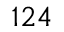
^ { 1 2 4 }